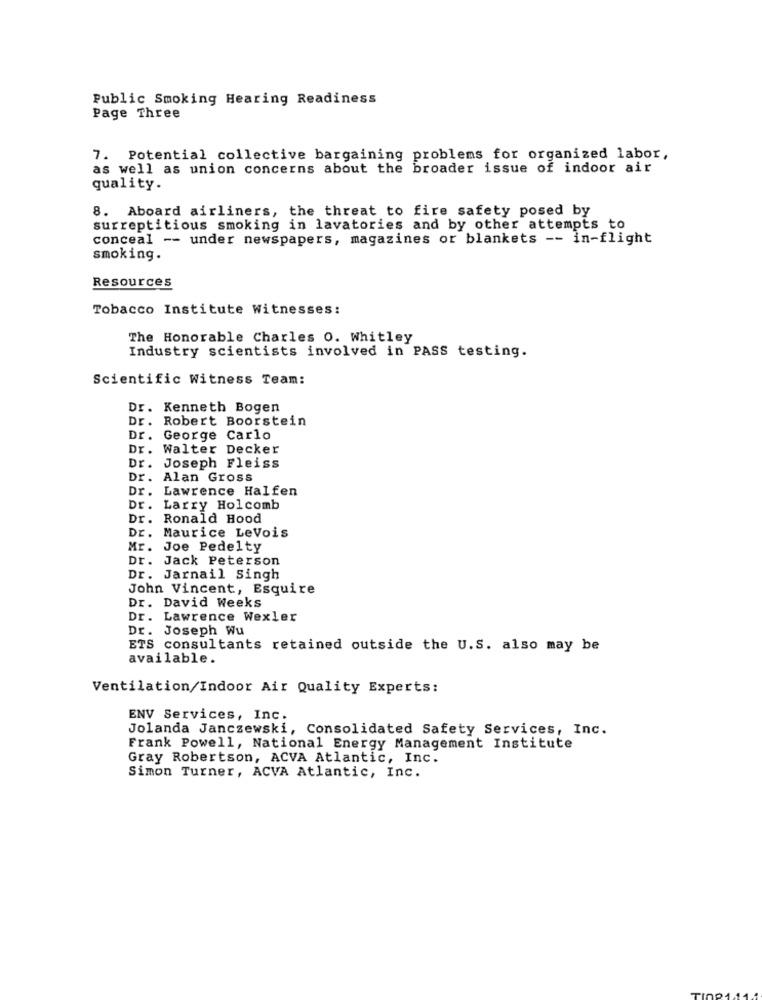
Public Smoking Hearing Readiness
Page Three
7. Potential collective bargaining problems for organized labor,
as well as union concerns about the broader issue of indoor air
quality.
8. Aboard airliners, the threat to fire safety posed by
surreptitious smoking in lavatories and by other attempts to
conceal -- under newspapers, magazines or blankets -- in-flight
smoking.
Resources
Tobacco Institute Witnesses:
The Honorable Charles O. Whitley
Industry scientists involved in PASS testing.
Scientific Witness Team:
Dr. Kenneth Bogen
Dr. Robert Boorstein
Dr. George Carlo
Dr. Walter Decker
Dr. Joseph Fleiss
Dr. Alan Gross
Dr. Lawrence Halfen
Dr. Larry Holcomb
Dr. Ronald Hood
Dr. Maurice LeVois
Mr. Joe Pedelty
Dr. Jack Peterson
Dr. Jarnail Singh
John Vincent, Esquire
Dr. David Weeks
Dr. Lawrence Wexler
Dr. Joseph Wu
ETS consultants retained outside the U.S. also may be
available.
Ventilation/Indoor Air Quality Experts:
ENV Services, Inc.
Jolanda Janczewski, Consolidated Safety Services, Inc.
Frank Powell, National Energy Management Institute
Gray Robertson, ACVA Atlantic, Inc.
Simon Turner, ACVA Atlantic, Inc.